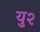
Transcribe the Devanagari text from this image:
यु२